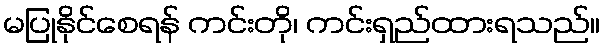
မပြုနိုင်စေရန် ကင်းတို၊ ကင်းရှည်ထားရသည်။